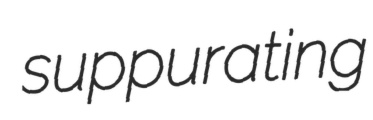
suppurating